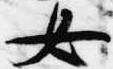
女